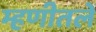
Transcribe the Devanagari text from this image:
म्हणीतलें